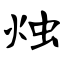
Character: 烛